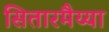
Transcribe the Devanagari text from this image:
सितारमैय्या